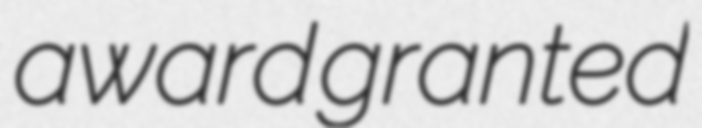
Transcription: award granted